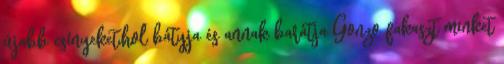
újabb csínyeket,hol bátyja és annak barátja Gonzo fakaszt minket